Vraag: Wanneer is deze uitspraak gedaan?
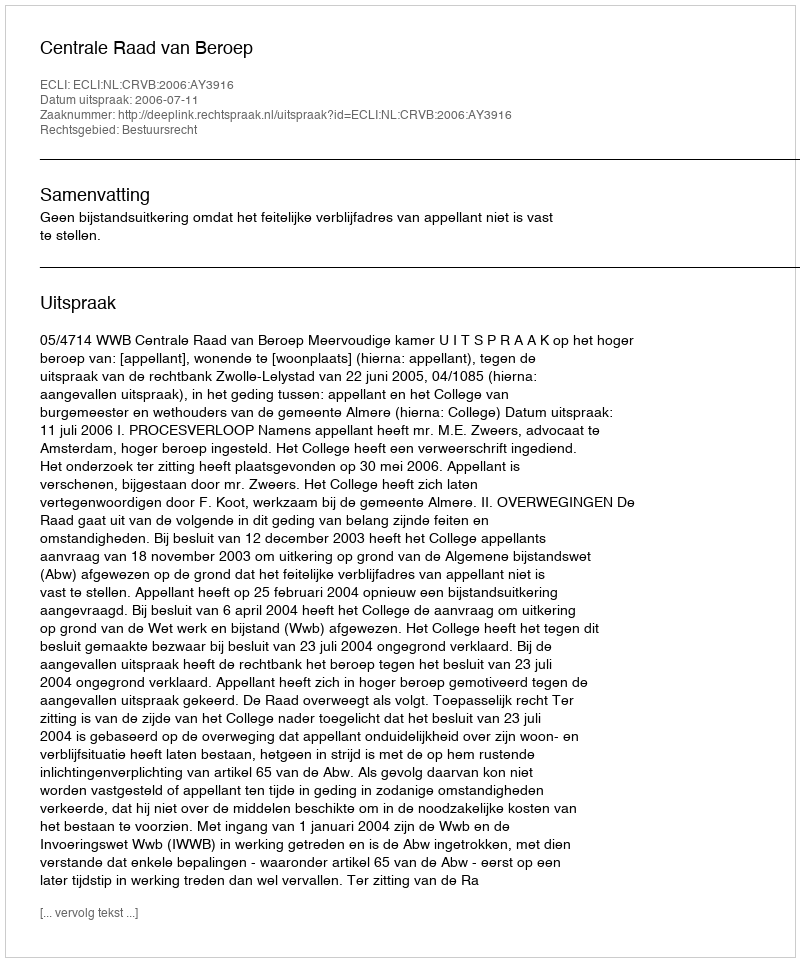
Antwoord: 2006-07-11